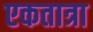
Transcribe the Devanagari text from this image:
एकतात्रा